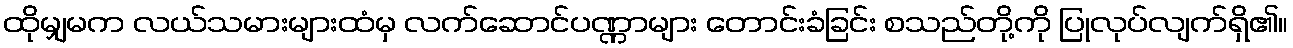
ထိုမျှမက လယ်သမားများထံမှ လက်ဆောင်ပဏ္ဏာများ တောင်းခံခြင်း စသည်တို့ကို ပြုလုပ်လျက်ရှိ၏။